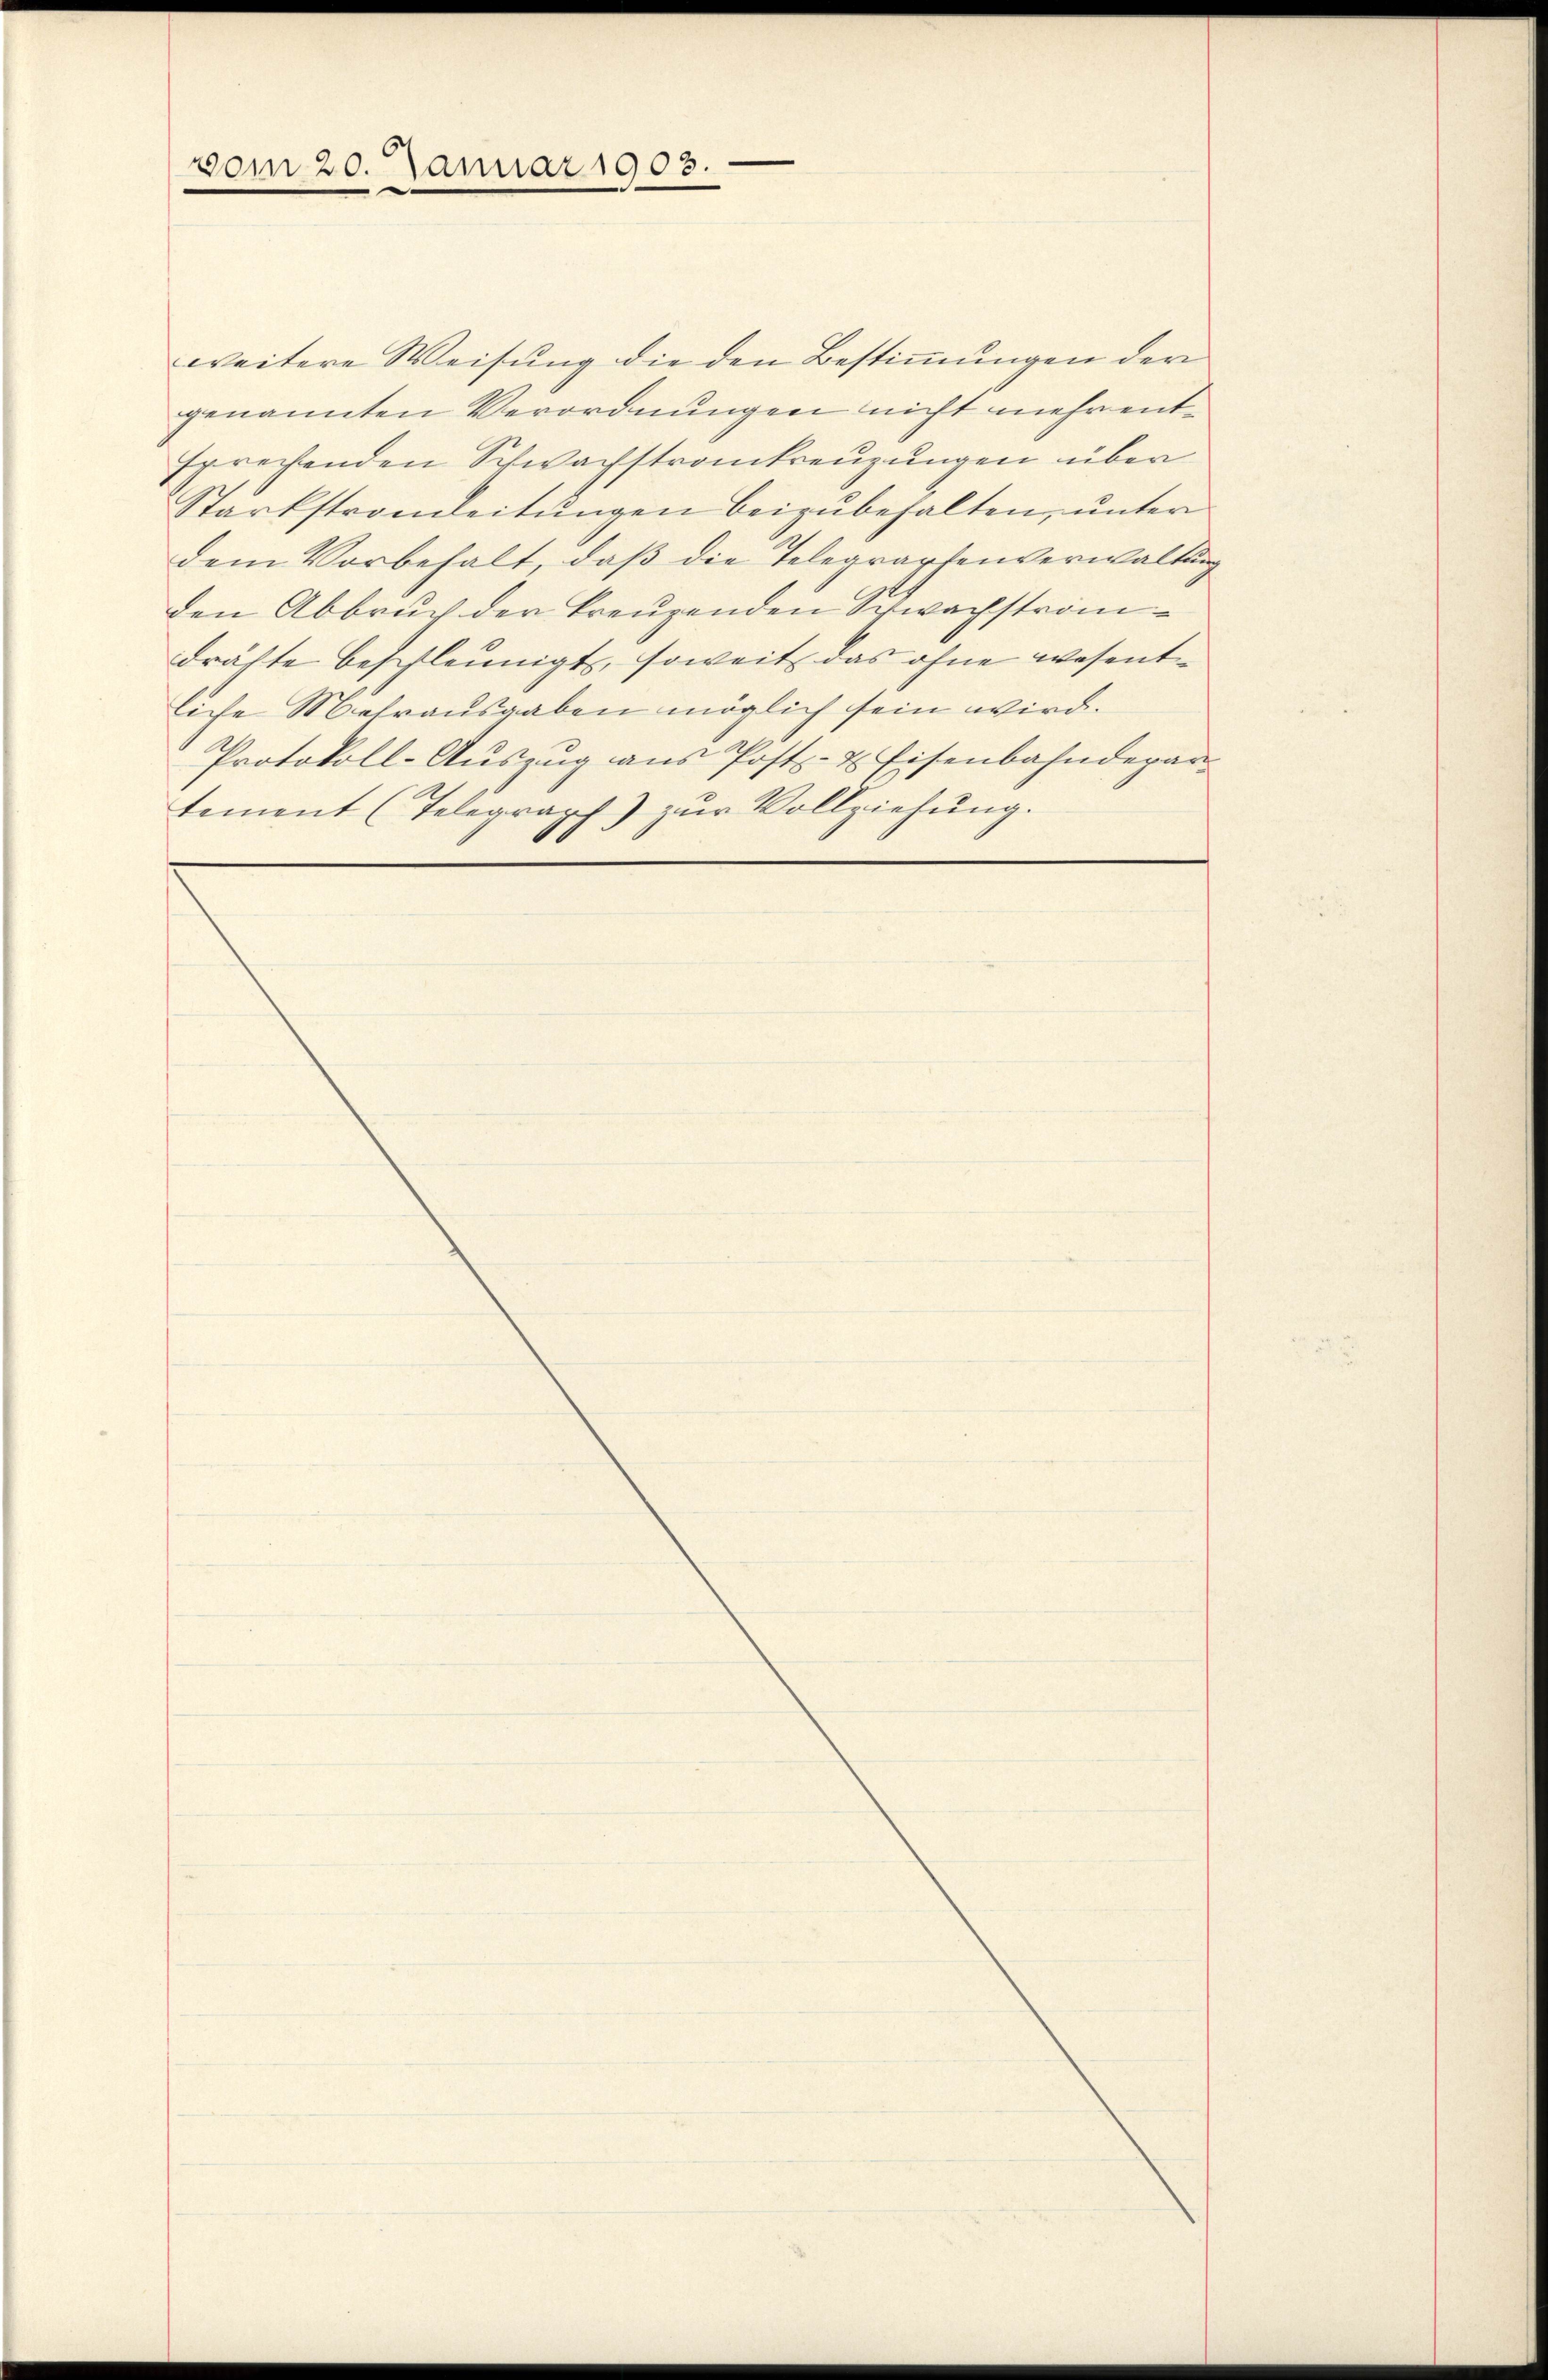
vom 20. Januar 1903.

weitere Weisung die den Bestimmungen der
genannten Verordnungen nicht mehr entsprechenden Schwachstrankreuzungen über
Starkstrandeitungen beizubehalten, unter
dem Vorbehalt, daß die Telegraphenverwaltung
den Abbruch der kreuzenden Schwachströmdrähte beschleunigt, soweit das ohne wesentliche Mehrausgaben möglich sein wird.
Protokoll-Auszug aus Post- & Eisenbahndepartement (Telegraph) zŭr Vollziehŭng.